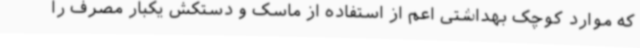
که موارد کوچک بهداشتی اعم از استفاده از ماسک و دستکش یکبار مصرف را